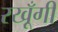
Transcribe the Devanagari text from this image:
रखूँगी